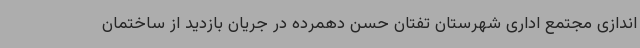
اندازی مجتمع اداری شهرستان تفتان حسن دهمرده در جریان بازدید از ساختمان